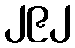
၂၉၂